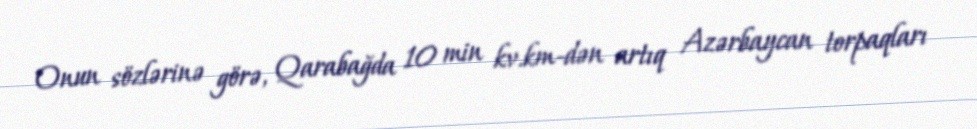
Onun sözlərinə görə, Qarabağda 10 min kv.km-dən artıq Azərbaycan torpaqları